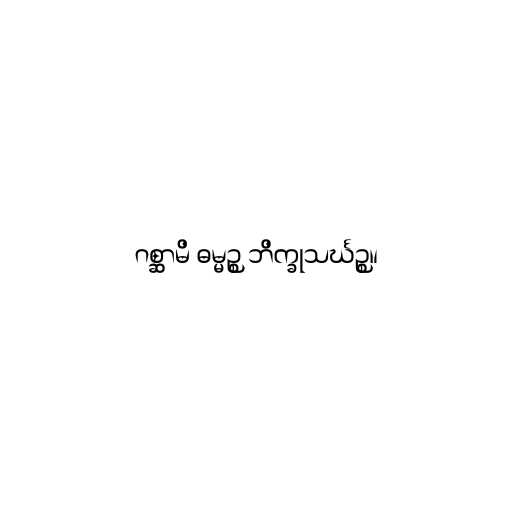
ဂစ္ဆာမိ ဓမ္မဉ္စ ဘိက္ခုသင်္ဃဉ္စ။